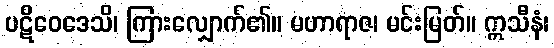
ပဋိဝေဒေသိ၊ ကြားလျှောက်၏။ မဟာရာဇ၊ မင်းမြတ်။ ဣသီနံ၊